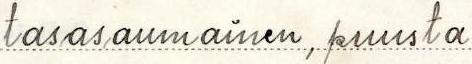
tasasaumainen, puusta